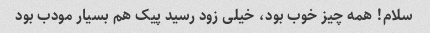
سلام! همه چیز خوب بود، خیلی زود رسید پیک هم بسیار مودب بود